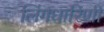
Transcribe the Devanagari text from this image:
लिंगधारिणी